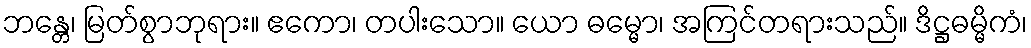
ဘန္တေ၊ မြတ်စွာဘုရား။ ဧကော၊ တပါးသော။ ယော ဓမ္မော၊ အကြင်တရားသည်။ ဒိဋ္ဌဓမ္မိကံ၊